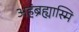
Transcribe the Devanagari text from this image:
अहंब्रह्यास्मि